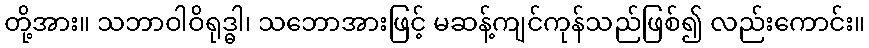
တို့အား။ သဘာဝါဝိရုဒ္ဓါ၊ သဘောအားဖြင့် မဆန့်ကျင်ကုန်သည်ဖြစ်၍ လည်းကောင်း။